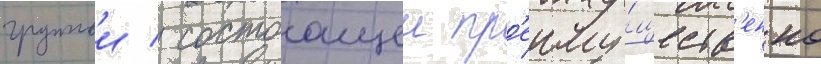
группои / состоащеи пр'еиму́ществ'енно